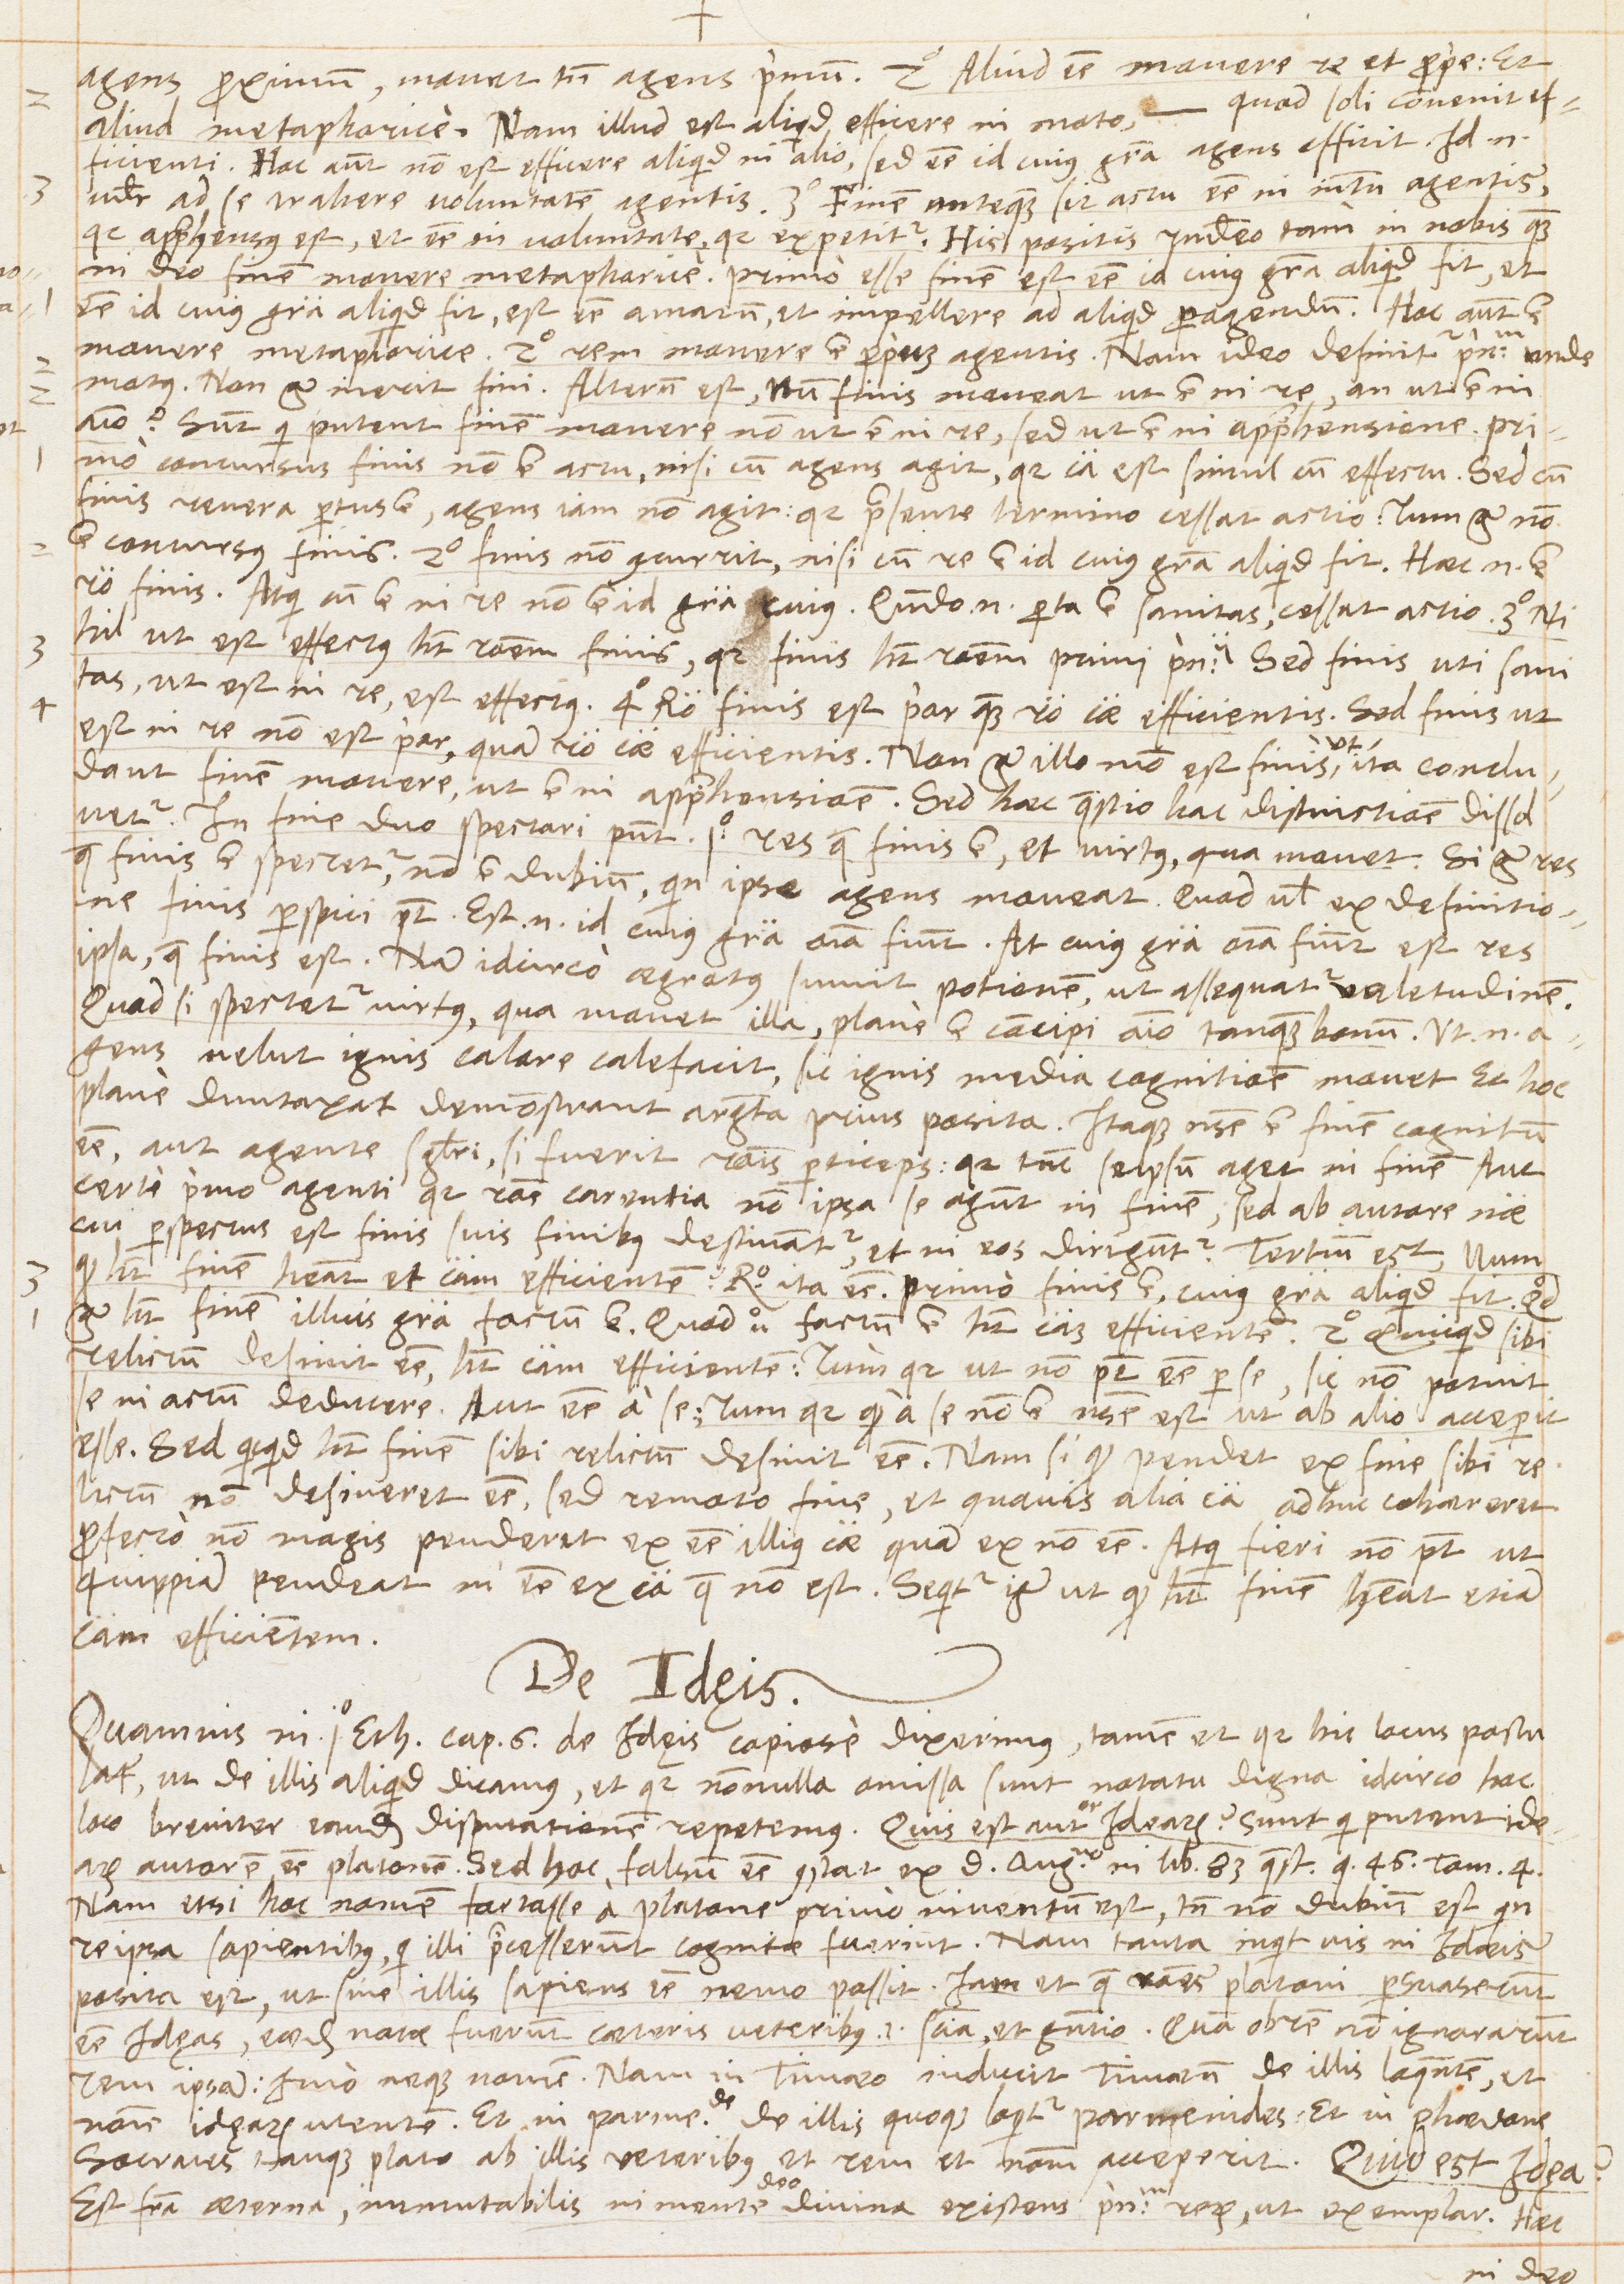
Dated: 1567–1567